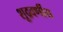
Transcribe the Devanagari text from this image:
शूद्रवर्णीय